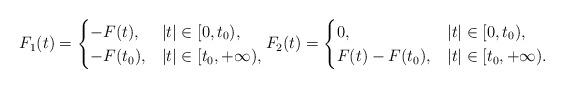
LaTeX: \begin{align*} F_1(t)= \begin{cases} -F(t),& |t|\in[0, t_0),\\ -F(t_0), &|t|\in[t_0,+\infty), \end{cases} F_2(t)= \begin{cases} 0,& |t|\in[0, t_0),\\ F(t)-F(t_0), &|t|\in[t_0,+\infty). \end{cases} \end{align*}